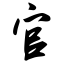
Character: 官